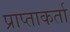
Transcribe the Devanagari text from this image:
प्राप्ताकर्ता